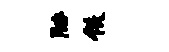
胁佚